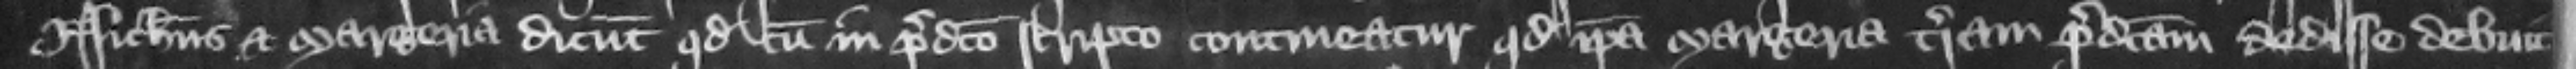
Nicholaus et Margeria dicunt quod cum in predicto scripto contineatur quod ipsa Margeria terram predictam dedisse debuit